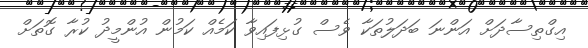
އިގްތިސާދަށް އަންނަ ބަދަލުތަކާ ވެސް ގުޅިފައިވާ ކަމެއް ކަމުން އުންމީދު ކުރާ ގޮތަށް